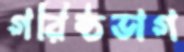
গরিষ্ঠভাগ